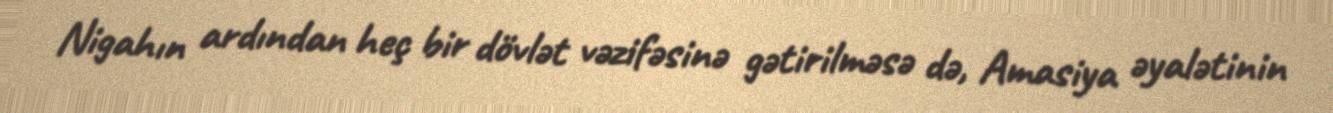
Nigahın ardından heç bir dövlət vəzifəsinə gətirilməsə də, Amasiya əyalətinin